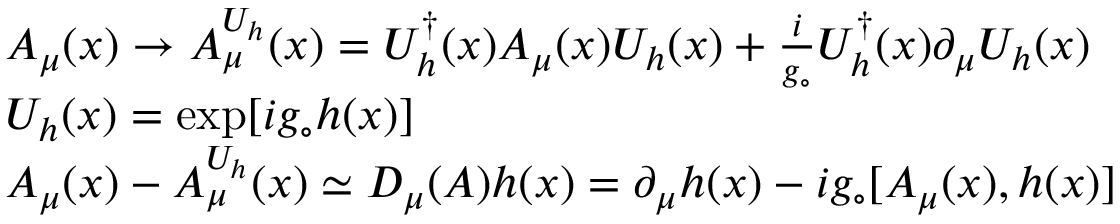
\begin{array} { r c l } { { } } & { { } } & { { A _ { \mu } ( x ) \rightarrow A _ { \mu } ^ { U _ { h } } ( x ) = U _ { h } ^ { \dagger } ( x ) A _ { \mu } ( x ) U _ { h } ( x ) + \frac { i } { g _ { \circ } } U _ { h } ^ { \dagger } ( x ) \partial _ { \mu } U _ { h } ( x ) } } \\ { { } } & { { } } & { { U _ { h } ( x ) = \exp [ i g _ { \circ } h ( x ) ] } } \\ { { } } & { { } } & { { A _ { \mu } ( x ) - A _ { \mu } ^ { U _ { h } } ( x ) \simeq D _ { \mu } ( A ) h ( x ) = \partial _ { \mu } h ( x ) - i g _ { \circ } [ A _ { \mu } ( x ) , h ( x ) ] } } \end{array}